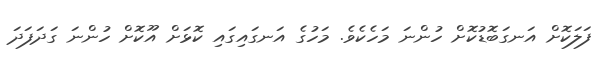
ފަލަކޮށް އަނގަބޮޑުކޮށް ހުންނަ މަހެކެވެ. މަހުގެ އަނގައިގައި ކޮޅަށް އޫކޮށް ހުންނަ ގަދަފަދަ